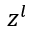
z ^ { l }